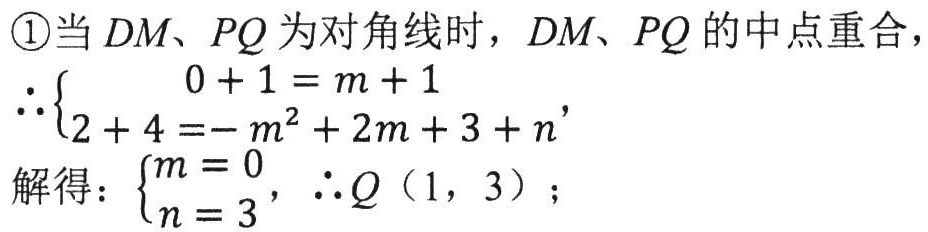
\textcircled{1}当 \(DM、PQ\) 为对角线时，\(DM、PQ\) 的中点重合，
\(\therefore\begin{cases}
0 + 1 = m + 1\\
2 + 4 = -m^{2}+2m + 3 + n
\end{cases}\)
解得：\(\begin{cases}
m = 0\\
n = 3
\end{cases}\)，\(\therefore Q(1,3)\)；